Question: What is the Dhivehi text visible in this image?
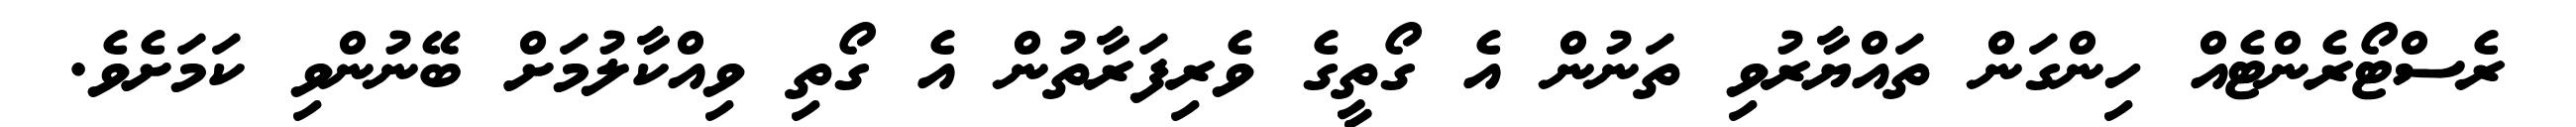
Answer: ރެސްޓޯރެންޓެއް ހިންގަން ތައްޔާރުވި ތަނުން އެ ގޯތީގެ ވެރިފަރާތުން އެ ގޯތި ވިއްކާލުމަށް ބޭނުންވި ކަމަށެވެ.